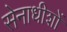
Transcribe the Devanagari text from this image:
सेनाधीशों